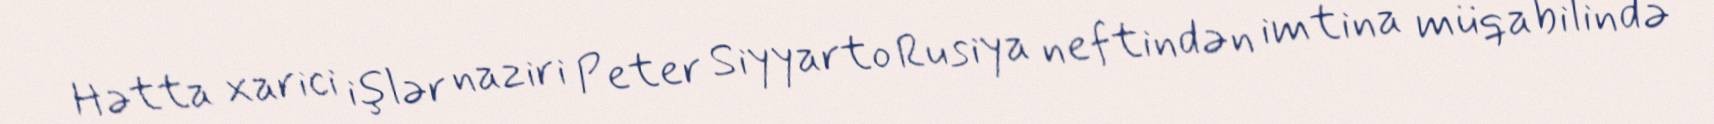
Hətta xarici işlər naziri Peter Siyyarto Rusiya neftindən imtina müqabilində